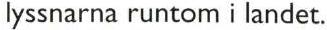
lyssnarna runtom i landet.